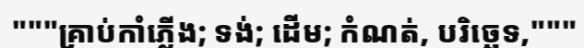
"""គ្រាប់កាំភ្លើង; ទង់; ដើម; កំណត់, បរិច្ឆេទ,"""